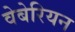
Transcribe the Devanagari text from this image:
वेबेरियन